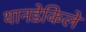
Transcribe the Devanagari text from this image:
थानडेकिले